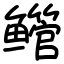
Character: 鳤